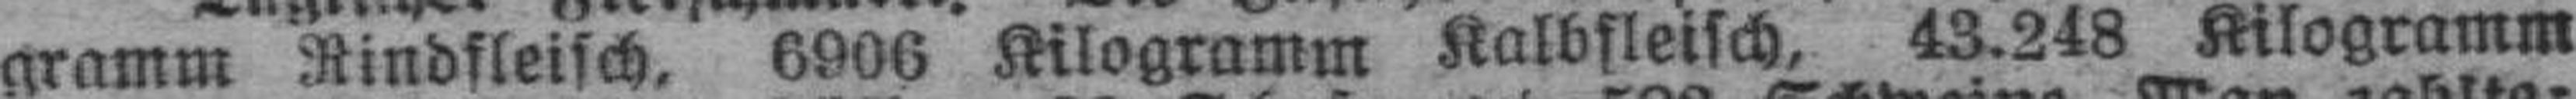
gramm Rindfleisch, 6906 Kilogramm Kalbfleisch, 43.248 Kilogramm